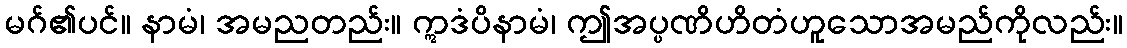
မဂ်၏ပင်။ နာမံ၊ အမညတည်း။ ဣဒံပိနာမံ၊ ဤအပ္ပဏိဟိတံဟူသောအမည်ကိုလည်း။